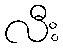
လီး